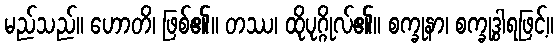
မည်သည်။ ဟောတိ၊ ဖြစ်၏။ တဿ၊ ထိုပုဂ္ဂိုလ်၏။ စက္ခုနာ၊ စက္ခုဒွါရဖြင့်။